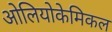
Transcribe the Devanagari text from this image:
ओलियोकेमिकल